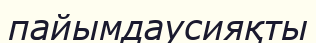
пайымдаусияқты